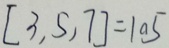
[ 3 , 5 , 7 ] = 1 0 5